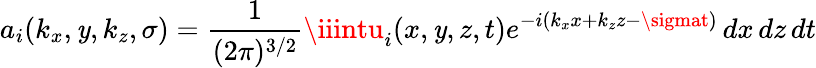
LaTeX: a_{i}(k_{x},\mathit{y},k_{z},\sigma)=\frac{{1}}{{(2\pi)^{3/2}}}\iiintu_{i}(x,\mathit{y},z,t)e^{-i(k_{x}x+k_{z}z-\sigmat)}\, dx\, dz\, dt